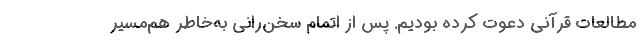
مطالعات قرآنی دعوت کرده بودیم. پس از اتمام سخن‌رانی به‌خاطر هم‌مسیر